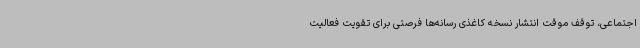
اجتماعی، توقف موقت انتشار نسخه کاغذی رسانه‌ها فرصتی برای تقویت فعالیت